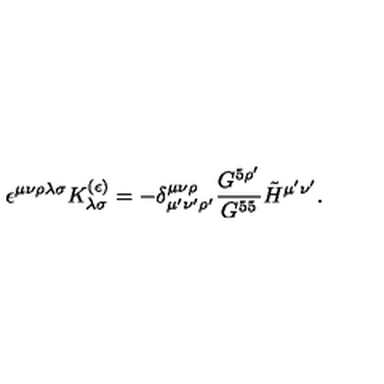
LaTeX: \epsilon ^ { \mu \nu \rho \lambda \sigma } K _ { \lambda \sigma } ^ { ( \epsilon ) } = - \delta _ { \mu ^ { \prime } \nu ^ { \prime } \rho ^ { \prime } } ^ { \mu \nu \rho } { \frac { G ^ { 5 \rho ^ { \prime } } } { G ^ { 5 5 } } } \tilde { H } ^ { \mu ^ { \prime } \nu ^ { \prime } } .